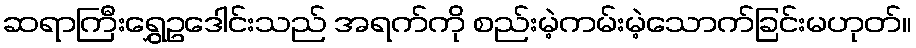
ဆရာကြီးရွှေဥဒေါင်းသည် အရက်ကို စည်းမဲ့ကမ်းမဲ့သောက်ခြင်းမဟုတ်။